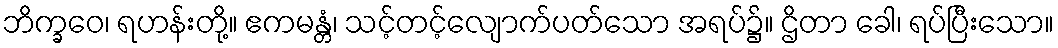
ဘိက္ခဝေ၊ ရဟန်းတို့။ ဧကမန္တံ၊ သင့်တင့်လျောက်ပတ်သော အရပ်၌။ ဌိတာ ခေါ၊ ရပ်ပြီးသော။